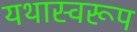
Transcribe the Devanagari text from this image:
यथास्वरूप